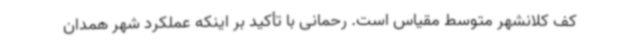
کف کلانشهر متوسط مقیاس است. رحمانی با تأکید بر اینکه عملکرد شهر همدان